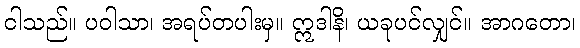
ငါသည်။ ပဝါသာ၊ အရပ်တပါးမှ။ ဣဒါနိ၊ ယခုပင်လျှင်။ အာဂတော၊